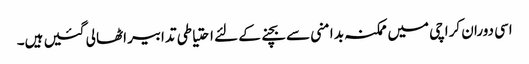
اسی دوران کراچی میں ممکنہ بد امنی سے بچنے کے لئے احتیاطی تدابیر اٹھا لی گئیں ہیں۔